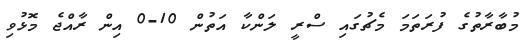
މުބާރާތުގެ ފުރަތަމަ މެޗުގައި ސްރީ ލަންކާ އަތުން 10-0 އިން ރާއްޖެ މޮޅުވި